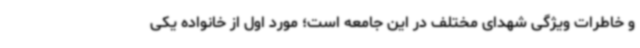
و خاطرات ویژگی شهدای مختلف در این جامعه است؛ مورد اول از خانواده یکی